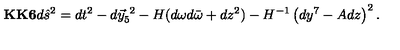
{ \bf K K 6 } d \hat { s } ^ { 2 } = d t ^ { 2 } - d \vec { y } _ { 5 } ^ { \ 2 } - H ( d \omega d \bar { \omega } + d z ^ { 2 } ) - H ^ { - 1 } \left( d y ^ { 7 } - A d z \right) ^ { 2 } .